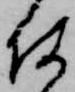
何